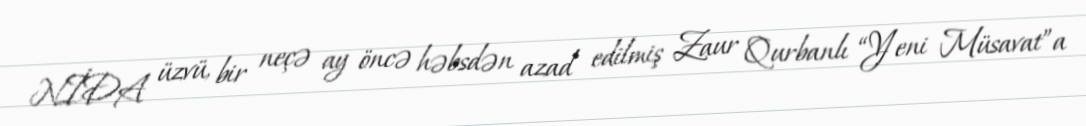
NİDA üzvü, bir neçə ay öncə həbsdən azad edilmiş Zaur Qurbanlı “Yeni Müsavat”a